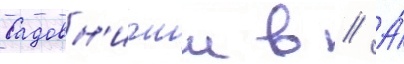
Садовн'ичии в // А́